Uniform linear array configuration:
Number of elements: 64
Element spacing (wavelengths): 0.75
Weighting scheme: binomial
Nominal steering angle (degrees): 45
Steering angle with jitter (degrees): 45.648
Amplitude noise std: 0.05
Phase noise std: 0.05

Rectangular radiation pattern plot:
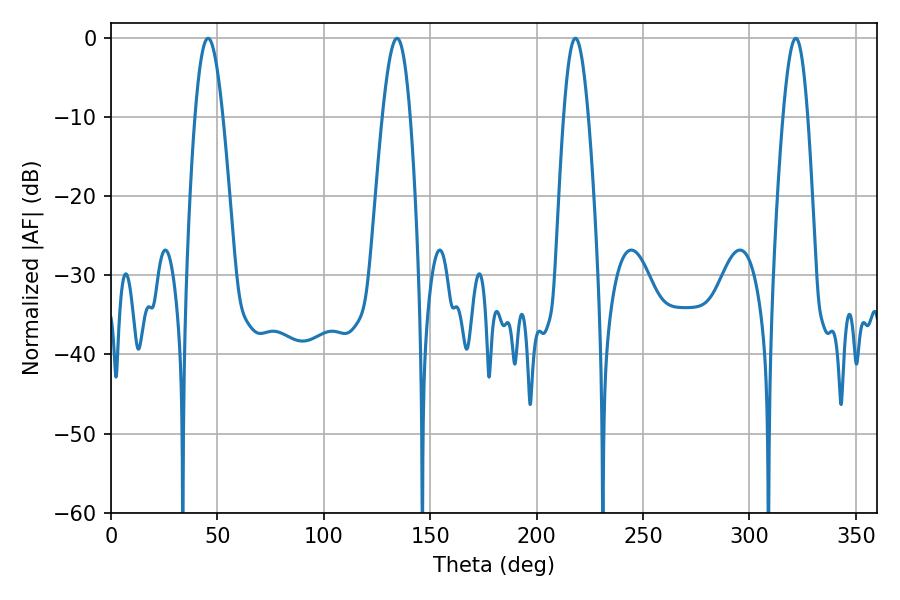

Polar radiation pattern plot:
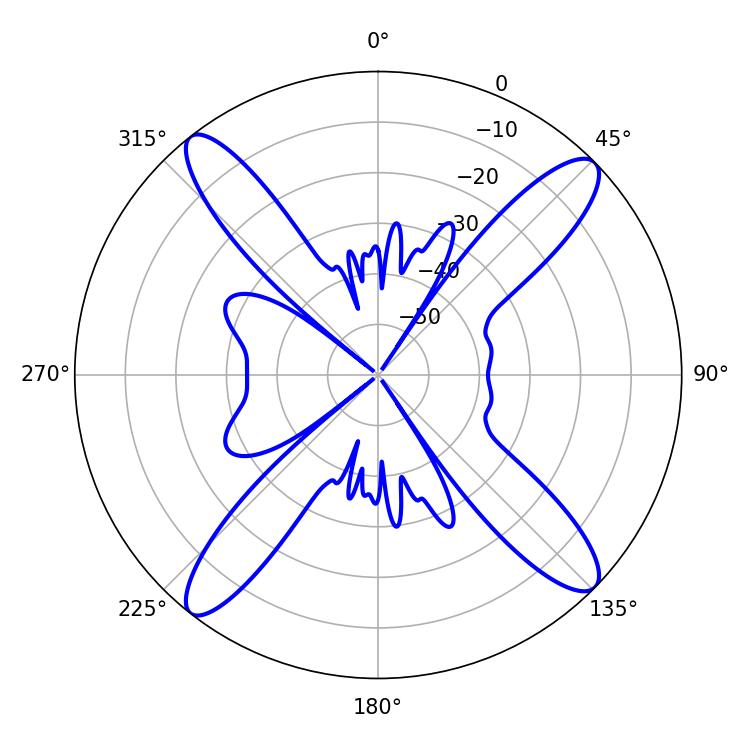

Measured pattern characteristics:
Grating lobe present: TRUE
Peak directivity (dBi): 16.582
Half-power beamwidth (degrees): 7.2
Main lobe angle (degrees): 45.54